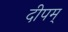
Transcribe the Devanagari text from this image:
दीपम्‌